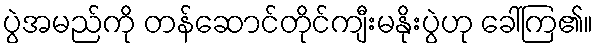
ပွဲအမည်ကို တန်ဆောင်တိုင်ကျီးမနိုးပွဲဟု ခေါ်ကြ၏။